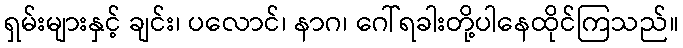
ရှမ်းများနှင့် ချင်း၊ ပလောင်၊ နာဂ၊ ဂေါ်ရခါးတို့ပါနေထိုင်ကြသည်။